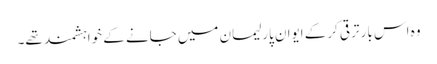
وہ اس بار ترقی کرکے ایوان پارلیمان میں جانے کے خواہشمند تھے۔